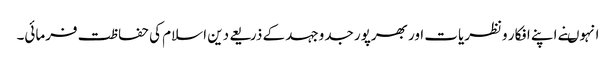
انہوںنے اپنے افکار ونظریات اور بھرپور جدوجہد کے ذریعے دین اسلام کی حفاظت فرمائی۔